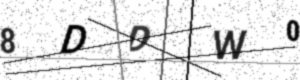
Text: 8DDW0